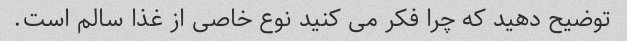
توضیح دهید که چرا فکر می کنید نوع خاصی از غذا سالم است.